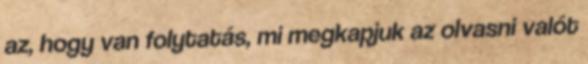
az, hogy van folytatás, mi megkapjuk az olvasni valót